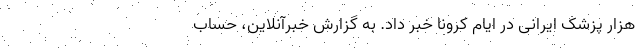
هزار پزشک ایرانی در ایام کرونا خبر داد. به گزارش خبرآنلاین، حساب